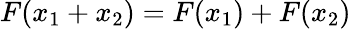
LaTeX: F(x_{1}+x_{2})=F(x_{1})+F(x_{2})